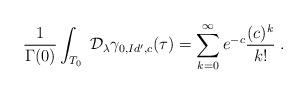
LaTeX: \begin{align*}\frac{1}{\Gamma(0)}\int_{T_0}\;\mathcal{D}_\lambda\gamma_{0, Id',c}(\tau)=\sum_{k=0}^\infty e^{-c}\frac{(c)^k}{k!}\;.\end{align*}